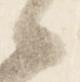
候